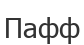
Пафф